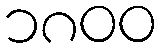
၁၈၀၀